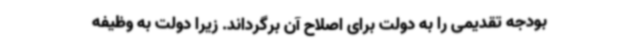
بودجه تقدیمی را به دولت برای اصلاح آن برگرداند. زیرا دولت به وظیفه